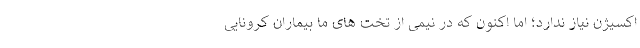
اکسیژن نیاز ندارد؛ اما اکنون که در نیمی از تخت های ما بیماران کرونایی